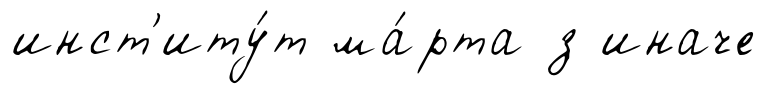
инст'иту́т ма́рта з иначе